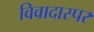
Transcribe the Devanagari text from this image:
विवादास्पर